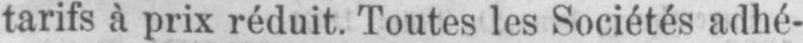
tarifs à prix réduit. Toutes les Sociétés adhé-